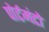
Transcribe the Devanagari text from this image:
पोर्टमंटो